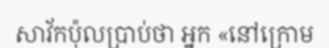
សាវ័កប៉ុលប្រាប់ថា អ្នក «នៅក្រោម